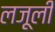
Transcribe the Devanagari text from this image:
लजू़ली